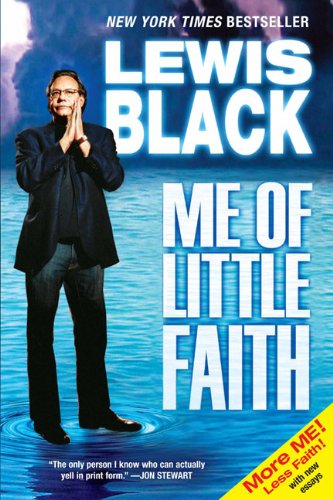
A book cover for Me of Little Faith; Lewis Black; Humor & Entertainment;